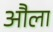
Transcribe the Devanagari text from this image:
औला